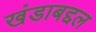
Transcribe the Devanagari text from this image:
खंडाबद्दल